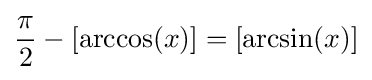
{\frac {\pi }{2}}-[\arccos(x)]=[\arcsin(x)]